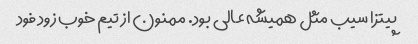
پیتزا سیب مثل همیشه عالی بود. ممنون از تیم خوب زود فود